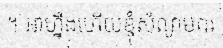
។ អាហ្នឹងហើយខ្ញុំសំណូមពរ